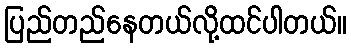
ပြည်တည်နေတယ်လို့ထင်ပါတယ်။